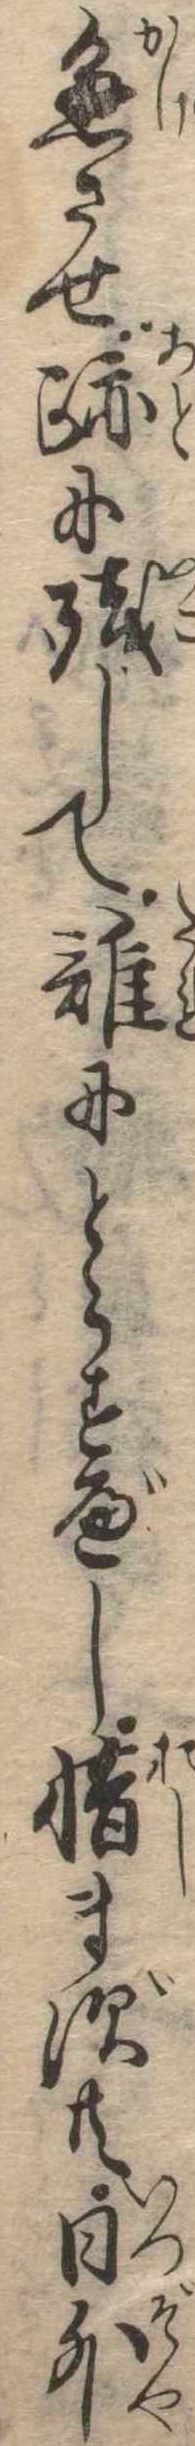
懸させ跡に残して誰にとらすべし惜まず共日外